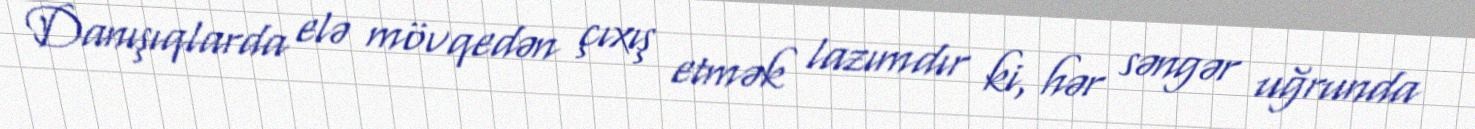
Danışıqlarda elə mövqedən çıxış etmək lazımdır ki, hər səngər uğrunda